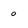
Character: o